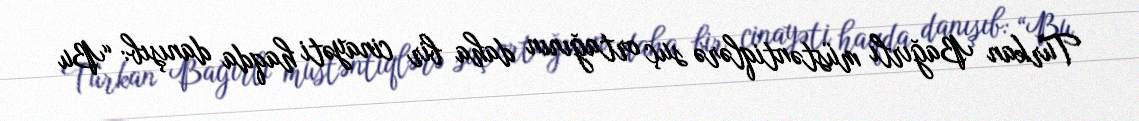
Türkan Bağırlı müstəntiqlərə suç ortağının daha bir cinayəti haqda danışıb: “Bu